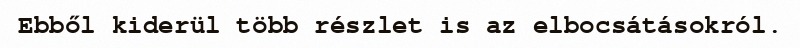
Ebből kiderül több részlet is az elbocsátásokról.